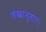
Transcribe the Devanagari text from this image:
लेखानुसार।